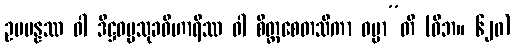
ဥပပန္နဿ ဝါ ဒိဋ္ဌဓမ္မသုခဝိဟာရိဿ ဝါ စိတ္တစေတသိကာ ဓမ္မာ”တိ (ဝိဘ။ ၆၂၀)